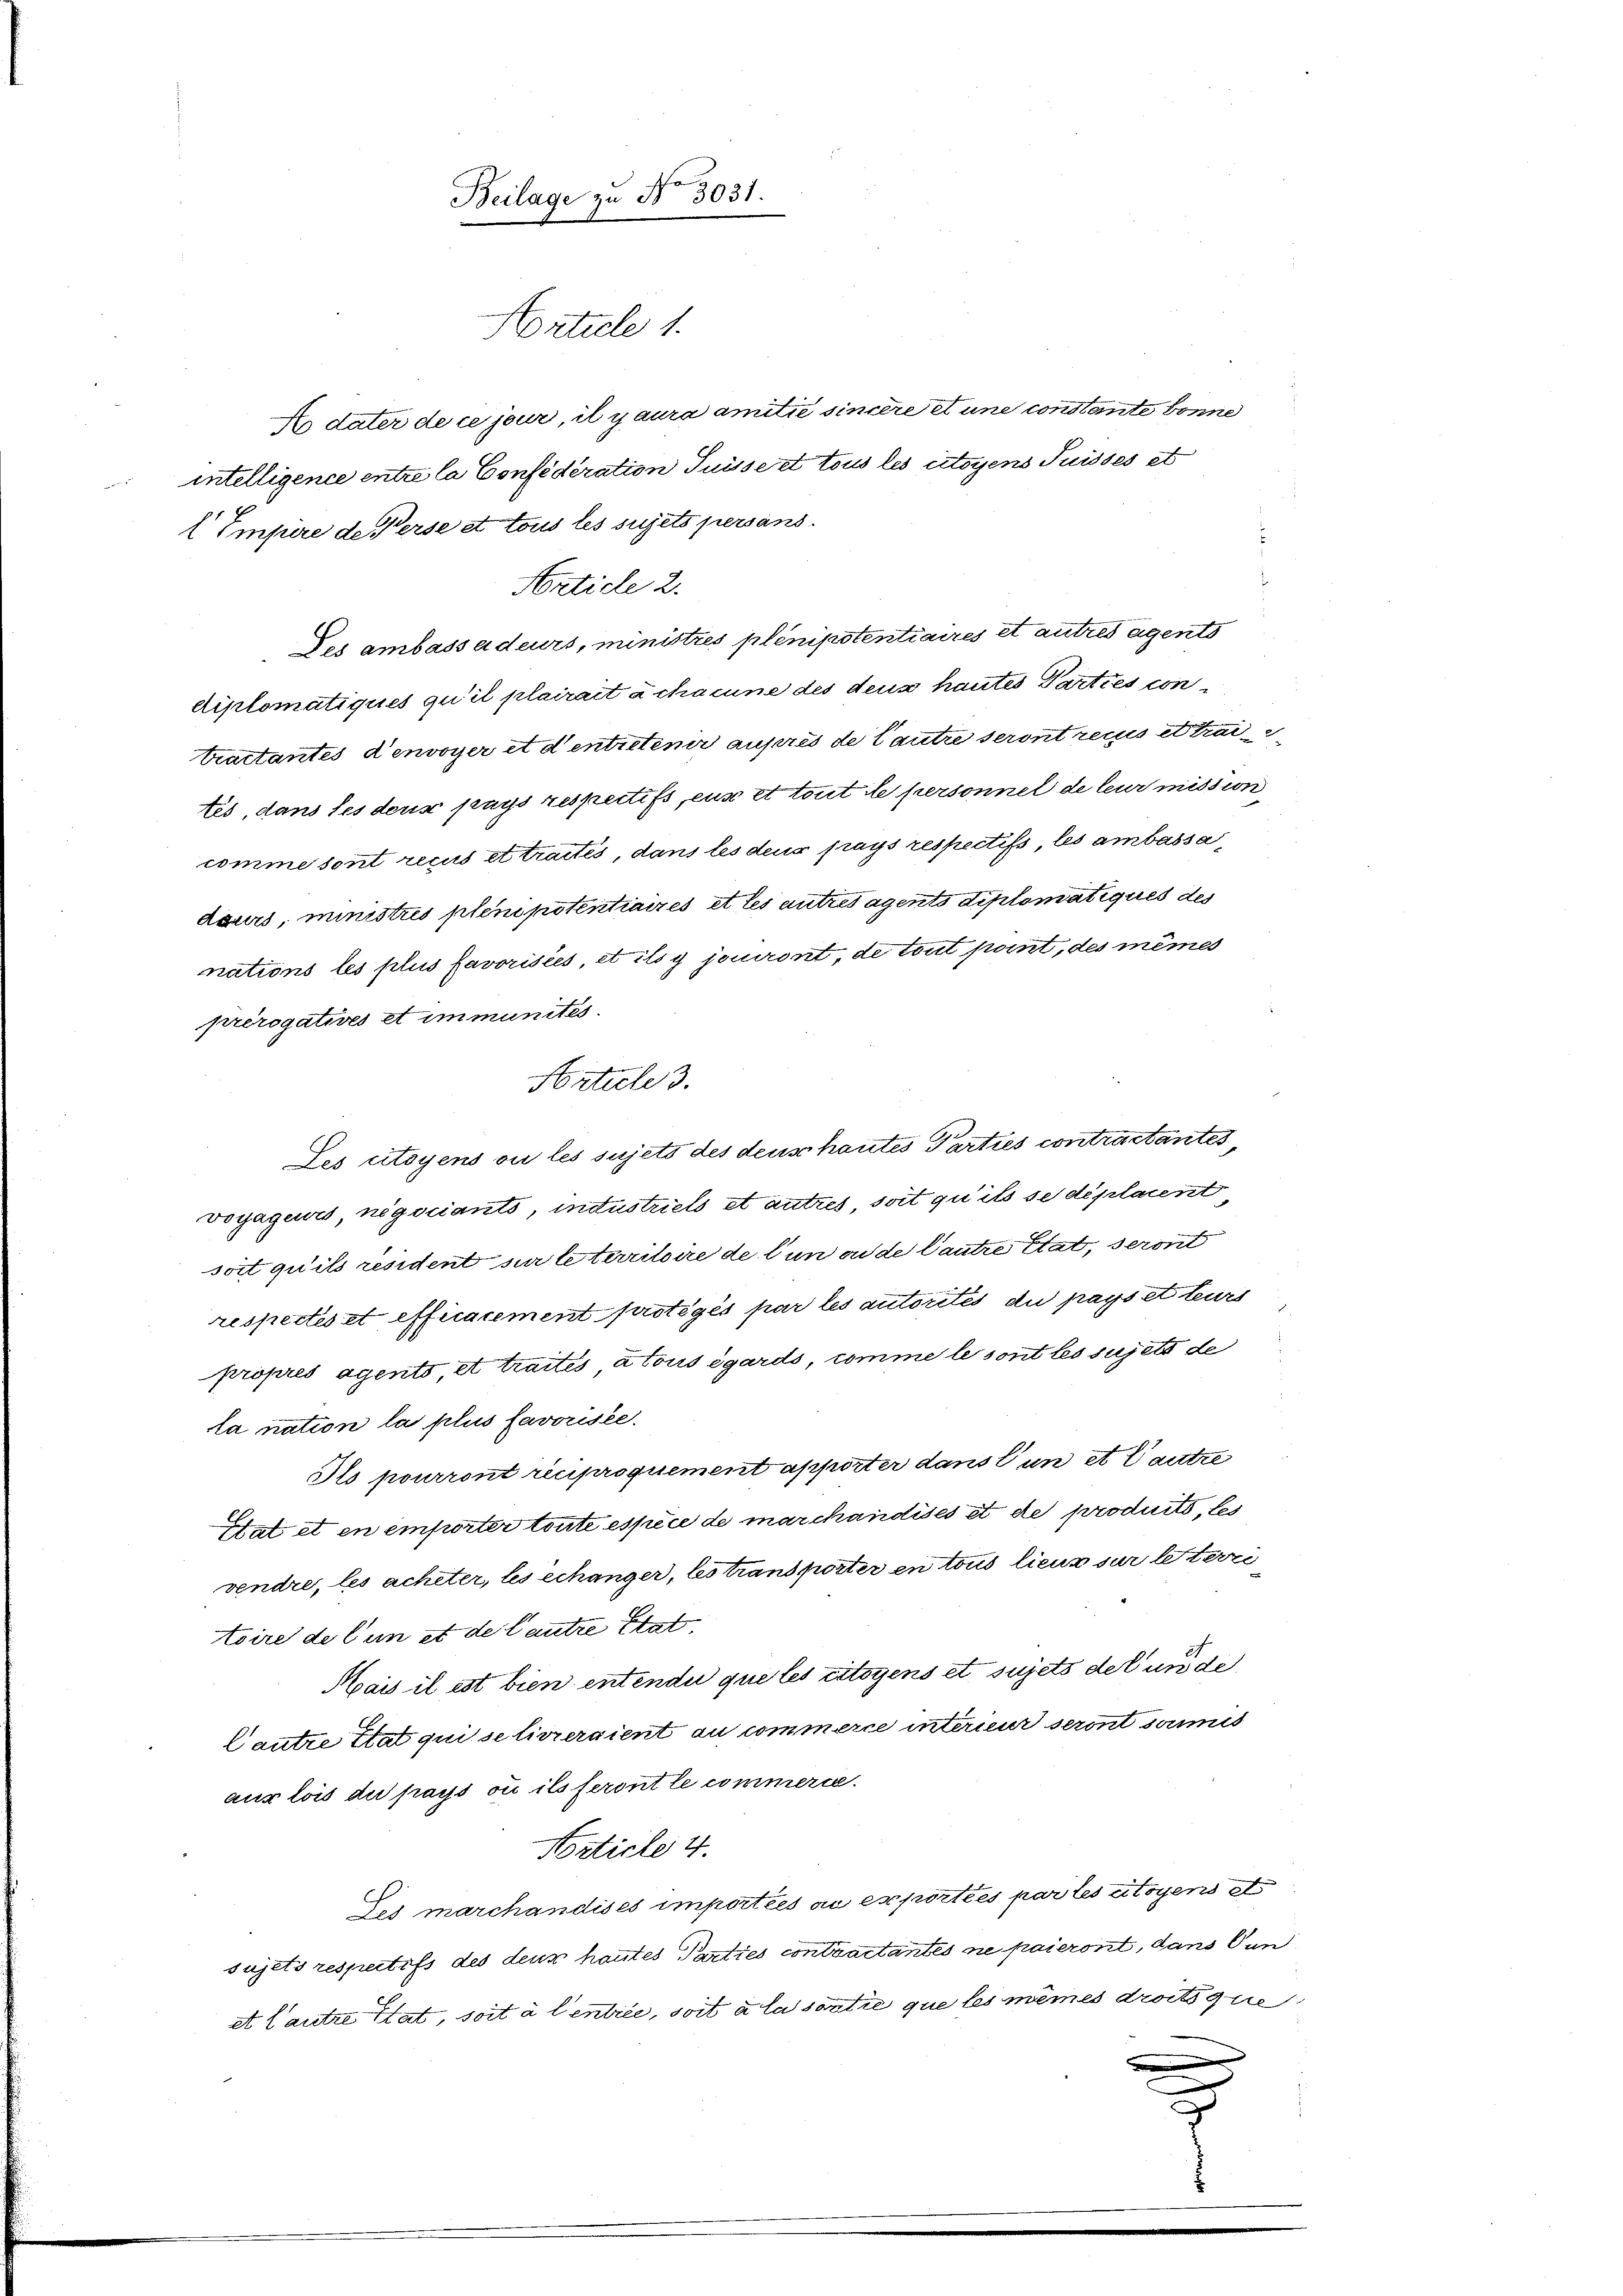
l Empire de Perse et tous les sujets persans

Beilage zu No 3031.
Article 1.

E dater de ce jour, il y aura amitie sintere et une constante bonne
comme sont reçus et traités, dans les deus frags respectifs, les ambassadaurs, ministris pleni potentiaires et les autres agents diplomatiques des
nations les plus favorisées, et ils y jouiront, de tout point, des mêmes
prérogatives et immunités.
Les citoyens ou les sujets des denschautes Parties contractantes
voyageurs, negociants, industriels et autres soit qu’ils se déplarent
soit qu’ils resident sur le territoire de l’un ou de Cautre état, seront
respectes et efficacement protégés par les autorités du pays et teurs
propres agento, et traités à tous égards, comme le sont les sujets de
la nation la plus favorisée.
Ils pourront reciproquement apporter dans l’un et autre
Hat et en empörter toute espèce de marchandises et de produits, les
vendre, les acheter, les échanger, les transporter en tous lieux sur le terri
toire de lun et de lautre Stat
Mais il est bien entendu que les citoyens et sujets der und de
Cautre Etat qui se livreraient au commerce intérieur seront soumis
aux lois du pays où ils feront le commerce.
Norticle 4.
Les marchandises importées ou exportées par les citoyens e
sujets respectifs des deux hautes Parties contractantes ne paieront, dans Pun
et lautre, Stat, soit à l’entrée, soit à la sortie que les mêmes droits que

intelligence entre la Confederation Tuissert tous les itoyens Puisses et
Article 2.
Des ambassadeurs, ministres plenipotentiaires et autres eigents
diplomatiques qu’il plairait à chacune des deus hautes Parties con¬
Vractantes denvoyer et d’entretenir aufres de Cautre seront recus et trai
tis, dans les deus pays respectifs, euse et tout le personnel de leur mission

e
Article 3.